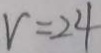
v = 2 4